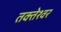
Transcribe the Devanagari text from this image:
तक्तेश्वर